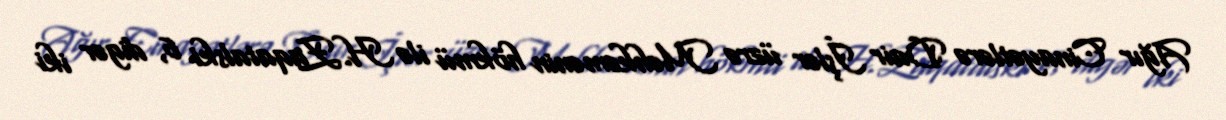
Ağır Cinayətlərə Dair İşlər üzrə Məhkəmənin hökmü ilə H.Zaqatalski 6, digər iki